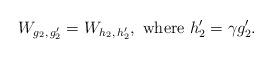
LaTeX: \begin{align*} W_{g_2, \, g_2'} = W_{h_2, \, h_2'}, \textrm{ where } h_2' = \gamma g_2'. \end{align*}